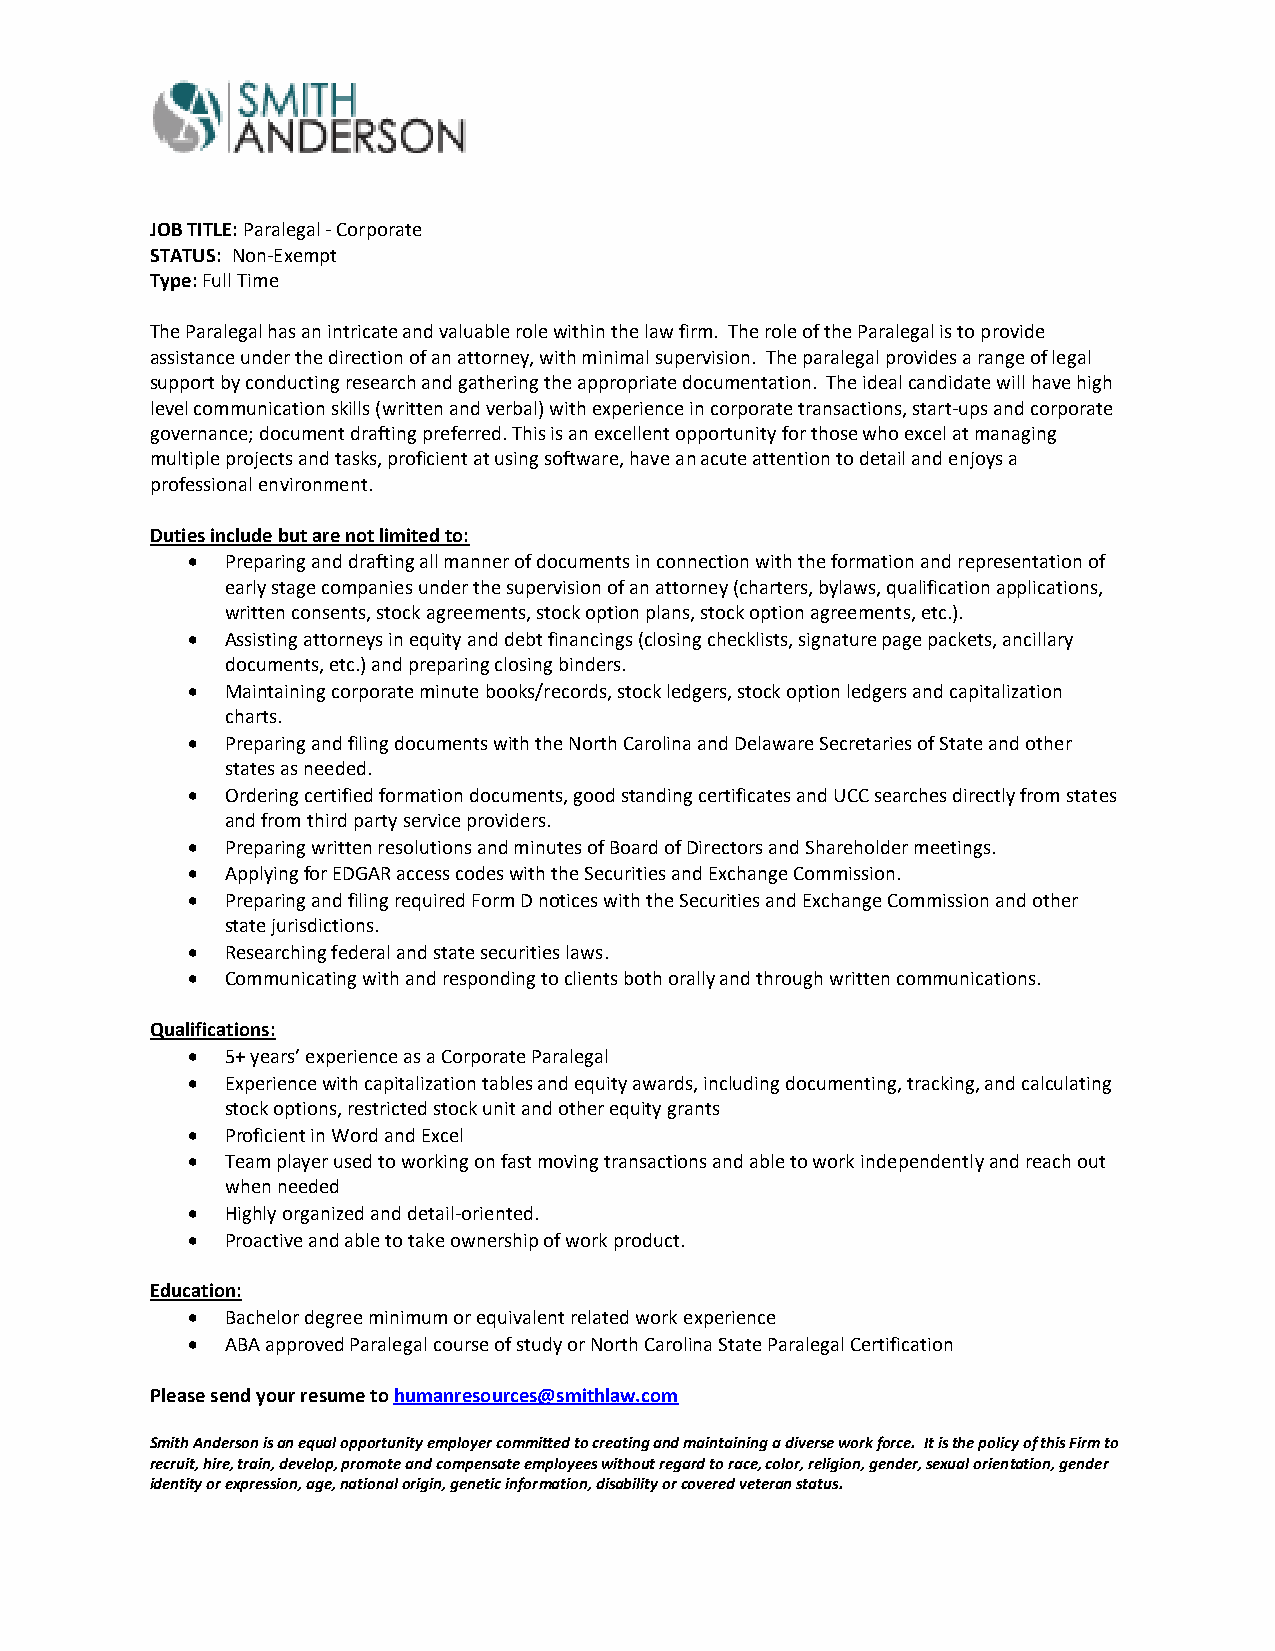
JOB TITLE: Paralegal - Corporate
 STATUS: Non-Exempt
 Type: Full Time
 The Paralegal has an intricate and valuable role within the law firm. The role of the Paralegal is to provide
 assistance under the direction of an attorney, with minimal supervision. The paralegal provides a range of legal
 support by conducting research and gathering the appropriate documentation. The ideal candidate will have high
 level communication skills (written and verbal) with experience in corporate transactions, start-ups and corporate
 governance; document drafting preferred. This is an excellent opportunity for those who excel at managing
 multiple projects and tasks, proficient at using software, have an acute attention to detail and enjoys a
 professional environment.
 Duties include but are not limited to:
   Preparing and drafting all manner of documents in connection with the formation and representation of
 early stage companies under the supervision of an attorney (charters, bylaws, qualification applications,
 written consents, stock agreements, stock option plans, stock option agreements, etc.).
   Assisting attorneys in equity and debt financings (closing checklists, signature page packets, ancillary
 documents, etc.) and preparing closing binders.
   Maintaining corporate minute books/records, stock ledgers, stock option ledgers and capitalization
 charts.
   Preparing and filing documents with the North Carolina and Delaware Secretaries of State and other
 states as needed.
   Ordering certified formation documents, good standing certificates and UCC searches directly from states
 and from third party service providers.
   Preparing written resolutions and minutes of Board of Directors and Shareholder meetings.
   Applying for EDGAR access codes with the Securities and Exchange Commission.
   Preparing and filing required Form D notices with the Securities and Exchange Commission and other
 state jurisdictions.
   Researching federal and state securities laws.
   Communicating with and responding to clients both orally and through written communications.
 Qualifications:
   5+ years’ experience as a Corporate Paralegal
   Experience with capitalization tables and equity awards, including documenting, tracking, and calculating
 stock options, restricted stock unit and other equity grants
   Proficient in Word and Excel
   Team player used to working on fast moving transactions and able to work independently and reach out
 when needed
   Highly organized and detail-oriented.
   Proactive and able to take ownership of work product.
 Education:
   Bachelor degree minimum or equivalent related work experience
   ABA approved Paralegal course of study or North Carolina State Paralegal Certification
 Please send your resume to humanresources@smithlaw.com
 Smith Anderson is an equal opportunity employer committed to creating and maintaining a diverse work force. It is the policy of this Firm to
 recruit, hire, train, develop, promote and compensate employees without regard to race, color, religion, gender, sexual orientation, gender
 identity or expression, age, national origin, genetic information, disability or covered veteran status.